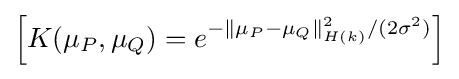
\left[K(\mu _{P},\mu _{Q})=e^{-\left\|\mu _{P}-\mu _{Q}\right\|_{H(k)}^{2}/(2\sigma ^{2})}\right]